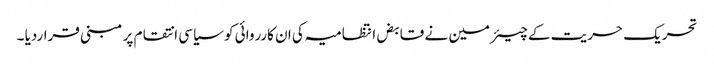
تحریک حریت کے چیئرمین نے قابض انتظامیہ کی ان کارروائی کو سیاسی انتقام پر مبنی قراردیا ۔